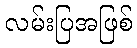
လမ်းပြအဖြစ်